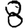
Digit: 8